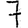
Digit: 7